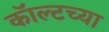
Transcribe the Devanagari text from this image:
कॉल्टच्या